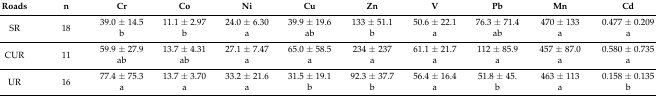
<table><thead><tr><td><b>Roads</b></td><td><b>n</b></td><td><b>Cr</b></td><td><b>Co</b></td><td><b>Ni</b></td><td><b>Cu</b></td><td><b>Zn</b></td><td><b>V</b></td><td><b>Pb</b></td><td><b>Mn</b></td><td><b>Cd</b></td></tr></thead><tbody><tr><td rowspan="2">SR</td><td rowspan="2">18</td><td>39.0 ± 14.5</td><td>11.1 ± 2.97</td><td>24.0 ± 6.30</td><td>39.9 ± 19.6</td><td>133 ± 51.1</td><td>50.6 ± 22.1</td><td>76.3 ± 71.4</td><td>470 ± 133</td><td>0.477 ± 0.209</td></tr><tr><td>b</td><td>b</td><td>a</td><td>ab</td><td>b</td><td>a</td><td>ab</td><td>a</td><td>a</td></tr><tr><td rowspan="2">CUR</td><td rowspan="2">11</td><td>59.9 ± 27.9</td><td>13.7 ± 4.31</td><td>27.1 ± 7.47</td><td>65.0 ± 58.5</td><td>234 ± 237</td><td>61.1 ± 21.7</td><td>112 ± 85.9</td><td>457 ± 87.0</td><td>0.580 ± 0.735</td></tr><tr><td>ab</td><td>ab</td><td>a</td><td>a</td><td>a</td><td>a</td><td>a</td><td>a</td><td>a</td></tr><tr><td rowspan="2">UR</td><td rowspan="2">16</td><td>77.4 ± 75.3</td><td>13.7 ± 3.70</td><td>33.2 ± 21.6</td><td>31.5 ± 19.1</td><td>92.3 ± 37.7</td><td>56.4 ± 16.4</td><td>51.8 ± 45.</td><td>463 ± 113</td><td>0.158 ± 0.135</td></tr><tr><td>a</td><td>a</td><td>a</td><td>b</td><td>b</td><td>a</td><td>b</td><td>a</td><td>b</td></tr></tbody></table>